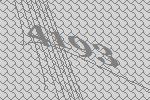
4193